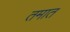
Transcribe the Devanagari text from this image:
तमात